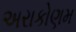
અરાકોણમ